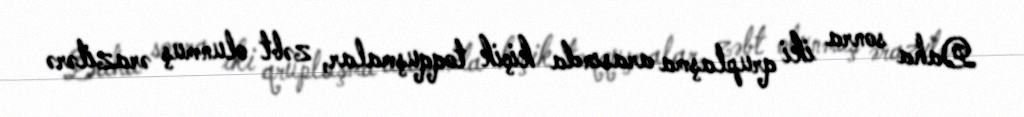
Daha sonra iki qruplaşma arasında kiçik toqquşmalar, zəbt olunmuş ərazilərə